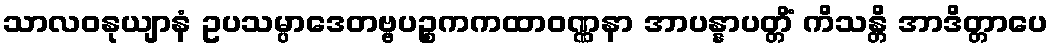
သာလဝနုယျာနံ ဥပသမ္ပာဒေတဗ္ဗပဉ္စကကထာဝဏ္ဏနာ အာပန္နာပတ္တိံ ကိသန္တိ အာဒိတ္တာပေ